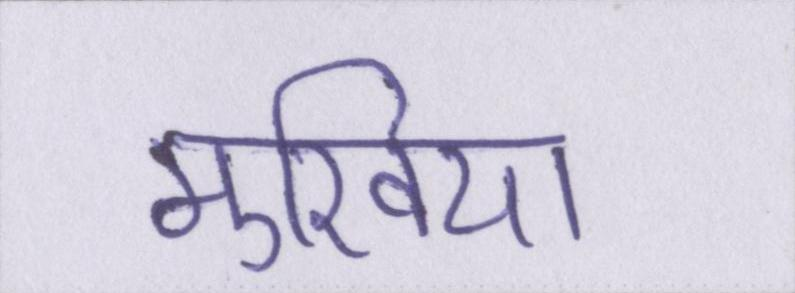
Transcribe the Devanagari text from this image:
मुखिया